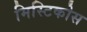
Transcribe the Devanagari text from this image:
मिस्टिकोस